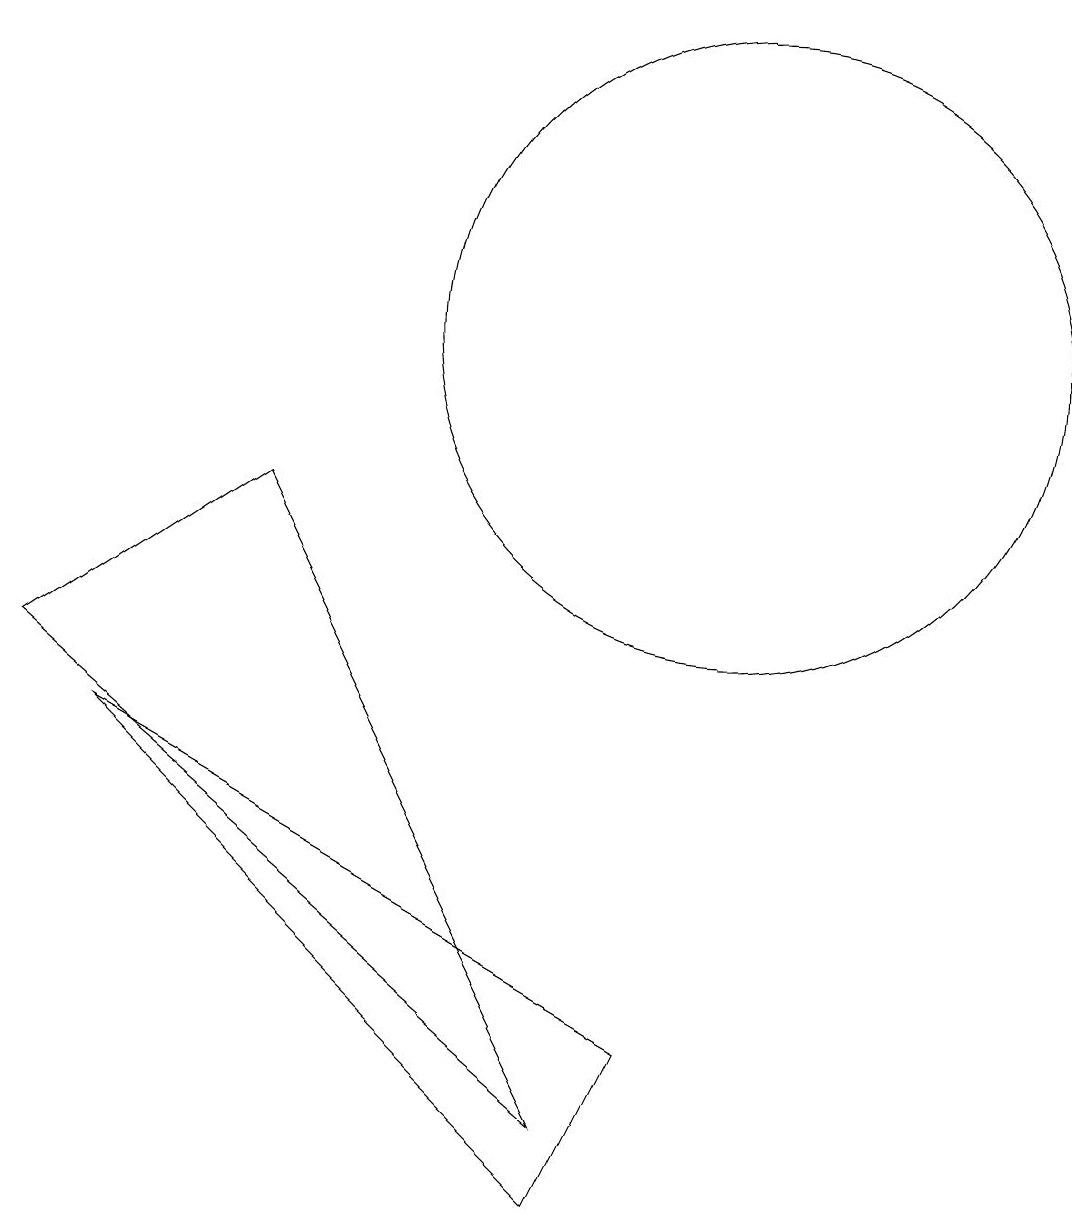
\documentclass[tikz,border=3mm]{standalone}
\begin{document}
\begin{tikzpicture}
\draw (1,7) -- (8,1) -- (4,9) -- cycle;
\draw (8,0) -- (2,6) -- (9,2) -- cycle;
\draw (10,11) circle (4);
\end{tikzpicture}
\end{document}